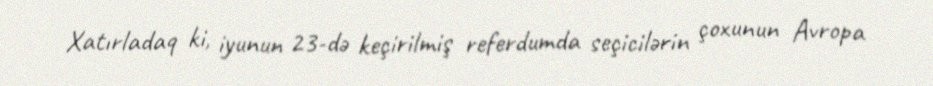
Xatırladaq ki, iyunun 23-də keçirilmiş referdumda seçicilərin çoxunun Avropa